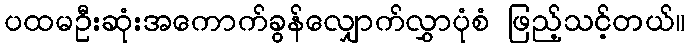
ပထမဦးဆုံးအကောက်ခွန်လျှောက်လွှာပုံစံ ဖြည့်သင့်တယ်။